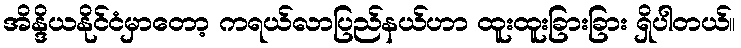
အိန္ဒိယနိုင်ငံမှာတော့ ကရယ်လာပြည်နယ်ဟာ ထူးထူးခြားခြား ရှိပါတယ်။